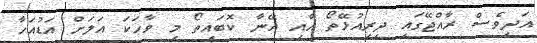
އަދިވެސް ރާއްޖޭގައި ދިރިއުޅޭތޯ އާއި އޭނާ ކޮބައިތޯ މި ވާހަކަ އަލަށް އަޑުއަހާ